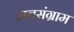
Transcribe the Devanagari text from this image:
जनसंग्राम